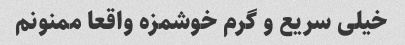
خیلی سریع و گرم خوشمزه واقعا ممنونم